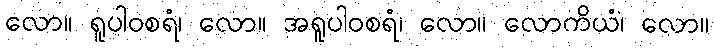
လော။ ရူပါဝစရံ၊ လော။ အရူပါဝစရံ၊ လော။ လောကိယံ၊ လော။